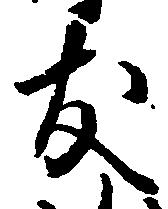
支